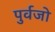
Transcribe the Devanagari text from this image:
पुर्वजो